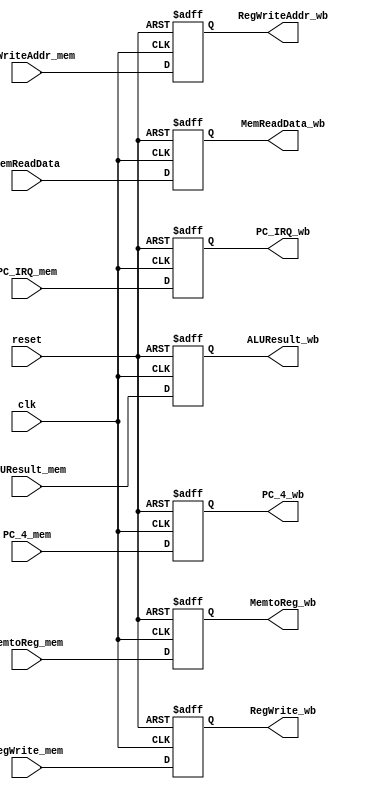
module MEM_WB(reset,clk,MemtoReg_mem,MemtoReg_wb,RegWrite_mem,RegWrite_wb,RegWriteAddr_mem,RegWriteAddr_wb,
              ALUResult_mem,ALUResult_wb,MemReadData,MemReadData_wb,PC_4_mem,PC_4_wb,PC_IRQ_mem,PC_IRQ_wb);
  input clk,reset,RegWrite_mem;
  input [1:0]MemtoReg_mem;
  input [4:0]RegWriteAddr_mem;
  input [31:0] MemReadData,ALUResult_mem,PC_4_mem,PC_IRQ_mem;
  output reg [1:0]MemtoReg_wb;
  output reg RegWrite_wb;
  output reg [4:0]RegWriteAddr_wb;
  output reg [31:0]MemReadData_wb,ALUResult_wb,PC_4_wb,PC_IRQ_wb;
  always@(posedge reset or posedge clk)
  begin
    if (reset)
      begin
       MemReadData_wb<=0;
       ALUResult_wb<=0;
       MemtoReg_wb<=0;
       RegWrite_wb<=0; 
       PC_4_wb<=0;
       PC_IRQ_wb<=0;
       RegWriteAddr_wb<=0;
      end
    else 
      begin
        RegWriteAddr_wb<=RegWriteAddr_mem;
        PC_4_wb<=PC_4_mem;
        MemReadData_wb<=MemReadData;
        ALUResult_wb<=ALUResult_mem;
        MemtoReg_wb<=MemtoReg_mem;
        RegWrite_wb<=RegWrite_mem;
        PC_IRQ_wb<=PC_IRQ_mem;
      end
  end
endmodule